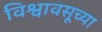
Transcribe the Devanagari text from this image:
विश्वावसूच्या